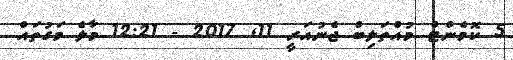
5 ކޮމެންޓް މުއްތަލިބް ޖެނުއަރީ 11